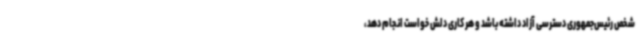
شخص رئیس‌جمهوری دسترسی آزاد داشته باشد و هر کاری دلش خواست انجام دهد،